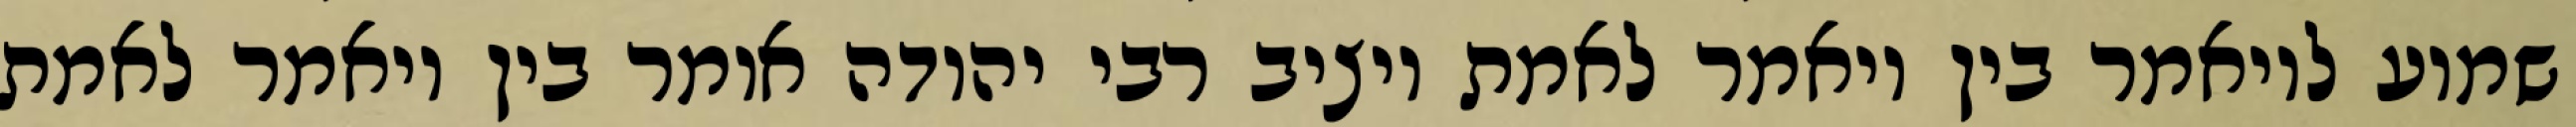
שמוע לויאמר בין ויאמר לאמת ויציב רבי יהודה אומר בין ויאמר לאמת